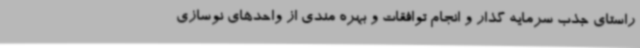
راستای جذب سرمایه گذار و انجام توافقات و بهره مندی از واحدهای نوسازی